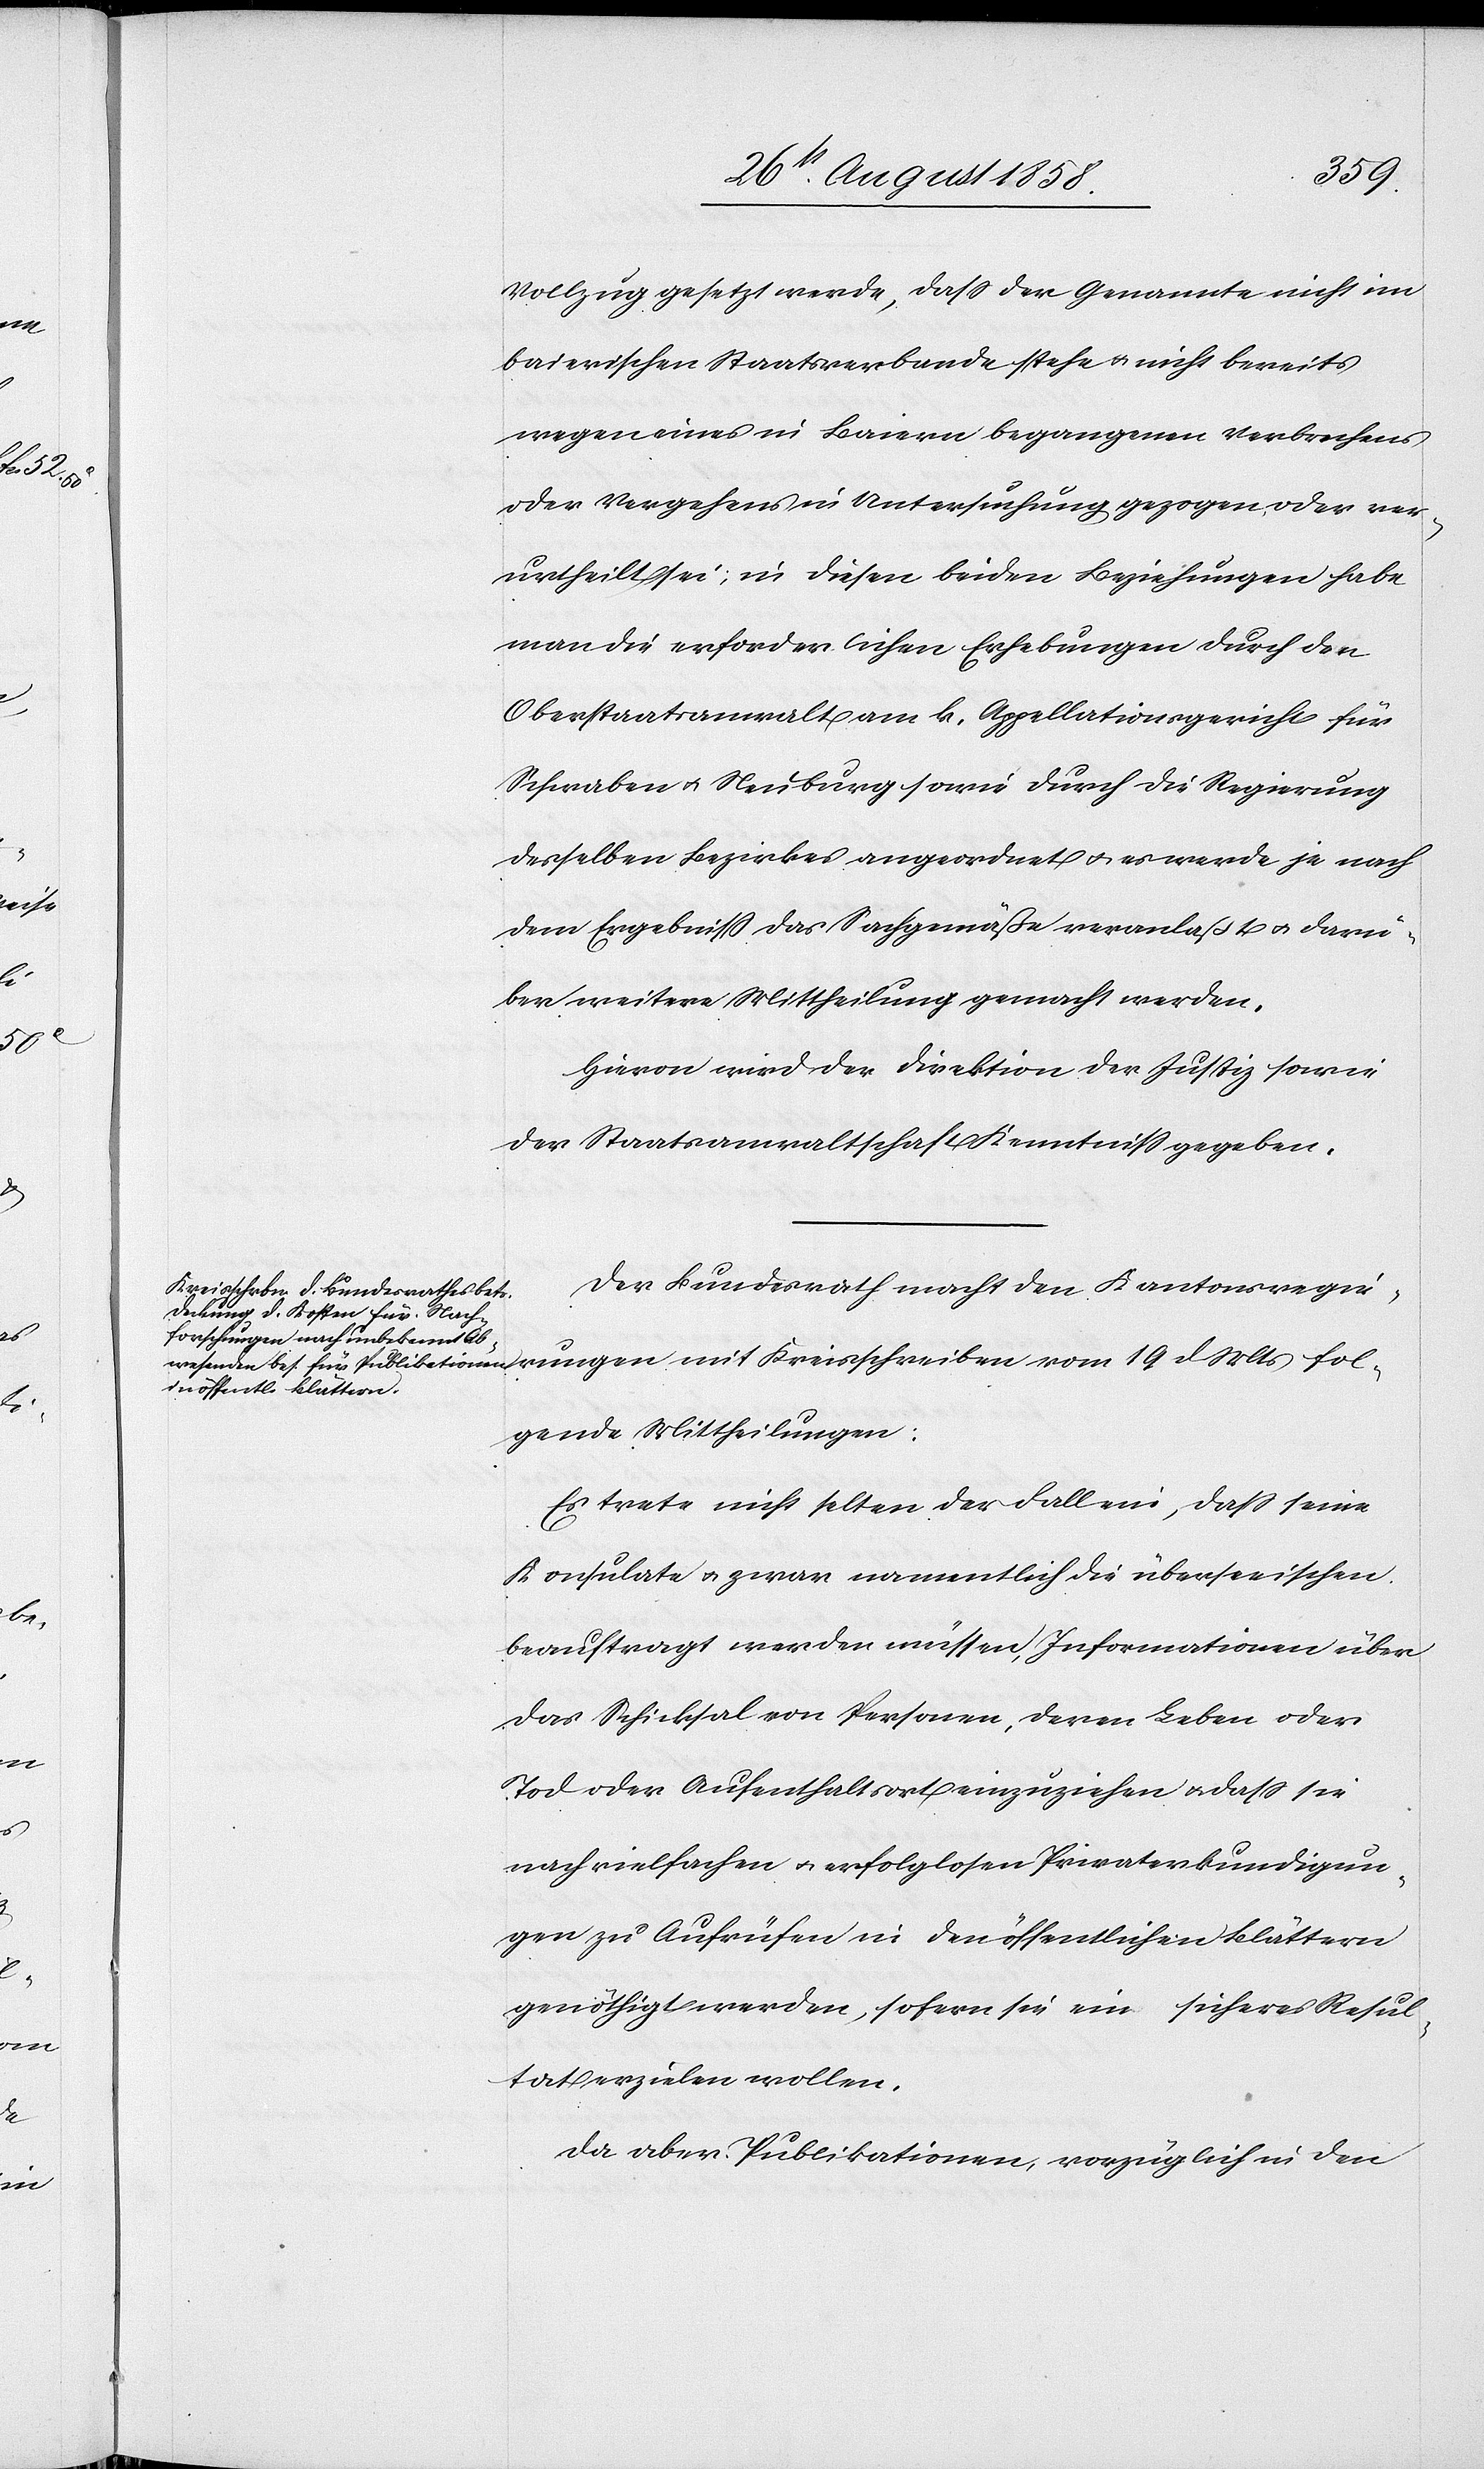
Vollzug gesetzt werde, dass der Genannte nicht im
baierischen Staatsverbande stehe & nicht bereits
wegen eines in Baiern begangenen Verbrechens
oder Vergehens in Untersuchung gezogen oder ver¬
urtheilt sei; in diesen beiden Beziehungen habe
man die erforderlichen Erhebungen durch den
Oberstaatsanwalt am k. Appellationsgericht für
Schwaben & Neuburg sowie durch die Regierung
desselben Bezirkes angeordnet & es werde je nach
dem Ergebniss das Sachgemäße veranlaßt & darü¬
ber weitere Mittheilung gemacht werden.
Hievon wird der Direktion der Justiz sowie
der Staatsanwaltschaft Kenntniss gegeben.
Der Bundesrath macht den Kantonsregie¬
en vom 19 d. Mts fol¬
gende Mittheilungen:
Es trete nicht selten der Fall ein, dass seine
Konsulate & zwar namentlich die überseeischen
beauftragt werden müssen, Informationen über
das Schicksal von Personen, deren Leben oder
Tod oder Aufenthaltsort einzuziehen & dass sie
nach vielfachen & erfolglosen Privaterkundigun¬
gen zu Aufrüfen in den öffentlichen Blättern
genöthigt werden, sofern sie ein sicheres Resul¬
tat erzielen wollen.
Da aber Publikationen, vorzüglich in den